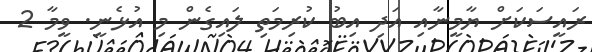
ރައީސަކަށް ޔާމީނާއި އަދި އިބު ކުރިމަތި ލައިގެން މި އުޅެނީ. ވީމާ 2